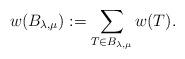
LaTeX: \begin{align*}w(B_{\lambda,\mu}):=\sum_{T \in B_{\lambda,\mu}} w(T).\end{align*}